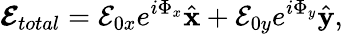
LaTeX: \boldsymbol{\mathcal{E}}_{total}=\mathcal{E}_{0x}e^{i\Phi_{x}}\hat{\mathbf{x}}+\mathcal{E}_{0y}e^{i\Phi_{y}}\hat{\mathbf{y}},